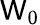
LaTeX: \mathsf{W}_{0}